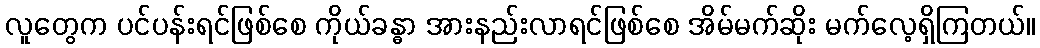
လူတွေက ပင်ပန်းရင်ဖြစ်စေ ကိုယ်ခန္ဓာ အားနည်းလာရင်ဖြစ်စေ အိမ်မက်ဆိုး မက်လေ့ရှိကြတယ်။